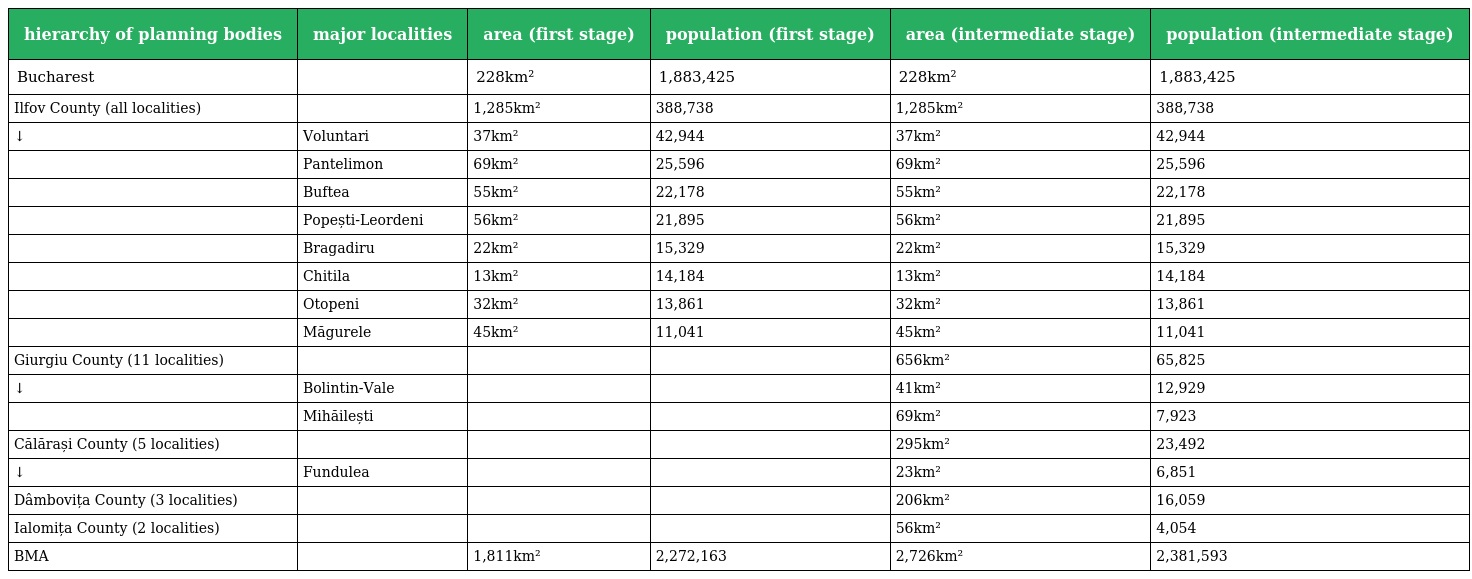
| hierarchy of planning bodies | major localities | area (first stage) | population (first stage) | area (intermediate stage) | population (intermediate stage) |
 | --- | --- | --- | --- | --- | --- |
 | Bucharest |  | 228km² | 1,883,425 | 228km² | 1,883,425 |
 | Ilfov County (all localities) |  | 1,285km² | 388,738 | 1,285km² | 388,738 |
 | ↓ | Voluntari | 37km² | 42,944 | 37km² | 42,944 |
 |  | Pantelimon | 69km² | 25,596 | 69km² | 25,596 |
 |  | Buftea | 55km² | 22,178 | 55km² | 22,178 |
 |  | Popești-Leordeni | 56km² | 21,895 | 56km² | 21,895 |
 |  | Bragadiru | 22km² | 15,329 | 22km² | 15,329 |
 |  | Chitila | 13km² | 14,184 | 13km² | 14,184 |
 |  | Otopeni | 32km² | 13,861 | 32km² | 13,861 |
 |  | Măgurele | 45km² | 11,041 | 45km² | 11,041 |
 | Giurgiu County (11 localities) |  |  |  | 656km² | 65,825 |
 | ↓ | Bolintin-Vale |  |  | 41km² | 12,929 |
 |  | Mihăilești |  |  | 69km² | 7,923 |
 | Călărași County (5 localities) |  |  |  | 295km² | 23,492 |
 | ↓ | Fundulea |  |  | 23km² | 6,851 |
 | Dâmbovița County (3 localities) |  |  |  | 206km² | 16,059 |
 | Ialomița County (2 localities) |  |  |  | 56km² | 4,054 |
 | BMA |  | 1,811km² | 2,272,163 | 2,726km² | 2,381,593 |